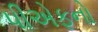
પીએફનો